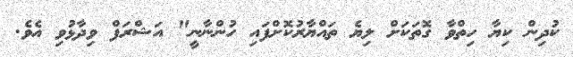
ކުދިން ކިޔާ ހިތްވާ ގޮތަކަށް ލިޔެ ތައްޔާރުކޮށްފައި ހުންނާނީ" އަޝްރަފް ވިދާޅުވި އެވެ.